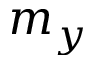
m _ { y }